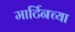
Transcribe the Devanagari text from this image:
मार्टिनच्या